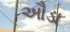
ઔડા